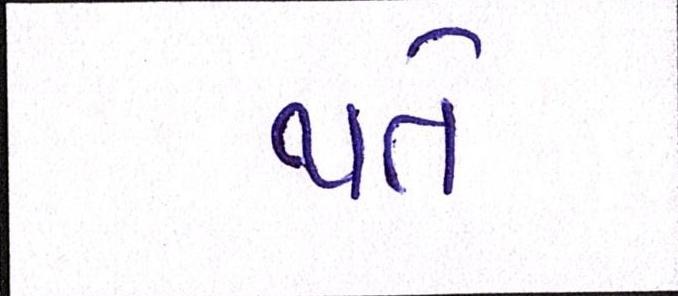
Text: થતે